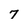
Character: 7